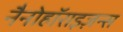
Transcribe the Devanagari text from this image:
नैनोहॉराइज़न्स